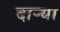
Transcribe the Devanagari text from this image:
दार्‍या